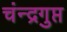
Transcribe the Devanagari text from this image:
चंन्द्रगुप्त